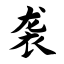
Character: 袭